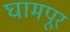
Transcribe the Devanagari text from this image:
घामपूर